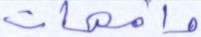
وأمهات